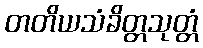
တတိယသံခိတ္တသုတ္တံ